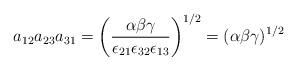
LaTeX: \begin{align*}a_{12}a_{23}a_{31} = \left (\frac{\alpha \beta \gamma}{\epsilon_{21}\epsilon_{32}\epsilon_{13}}\right )^{1/2} = (\alpha \beta \gamma)^{1/2}\end{align*}